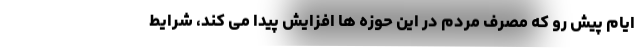
ایام پیش رو که مصرف مردم در این حوزه ها افزایش پیدا می کند، شرایط